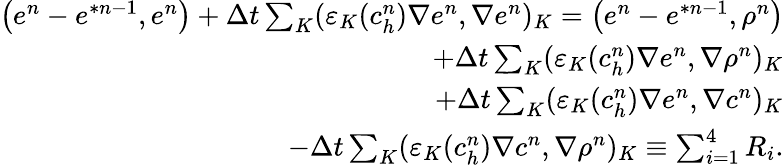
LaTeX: \begin{array}{r}{\left(e^{n}-e^{\ast n-1},e^{n}\right)+\Delta t\sum_{K}(\varepsilon_{K}(c_{h}^{n})\nabla e^{n},\nabla e^{n})_{K}=\left(e^{n}-e^{\ast n-1},\rho^{n}\right)}\\ {+\Delta t\sum_{K}(\varepsilon_{K}(c_{h}^{n})\nabla e^{n},\nabla\rho^{n})_{K}}\\ {+\Delta t\sum_{K}(\varepsilon_{K}(c_{h}^{n})\nabla e^{n},\nabla c^{n})_{K}}\\ {-\Delta t\sum_{K}(\varepsilon_{K}(c_{h}^{n})\nabla c^{n},\nabla\rho^{n})_{K}\equiv\sum_{i=1}^{4}R_{i}.}\end{array}